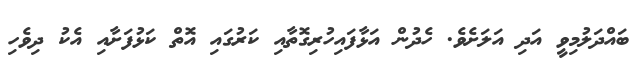
ބައްދަލުމިވީ އަދި އަލަށެވެ. ހެދުން އަޅާފައިހުރިގޮތާއި ކަރުގައި އޮތް ކަޅުފަށާއި އެކު ދިވެހި